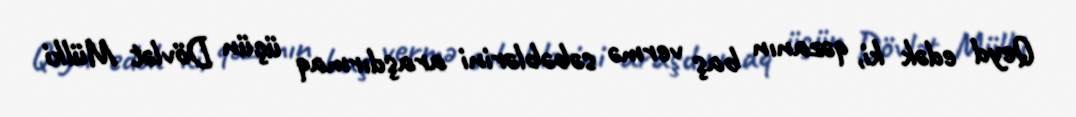
Qeyd edək ki, qəzanın baş vermə səbəblərini araşdırmaq üçün Dövlət Mülki